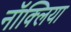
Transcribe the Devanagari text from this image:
नॉक्लिया